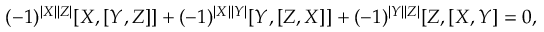
( - 1 ) ^ { | X | | Z | } [ X , [ Y , Z ] ] + ( - 1 ) ^ { | X | | Y | } [ Y , [ Z , X ] ] + ( - 1 ) ^ { | Y | | Z | } [ Z , [ X , Y ] = 0 ,